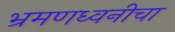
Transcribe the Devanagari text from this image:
भ्रमणध्वनीचा